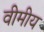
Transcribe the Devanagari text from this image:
वीमीय